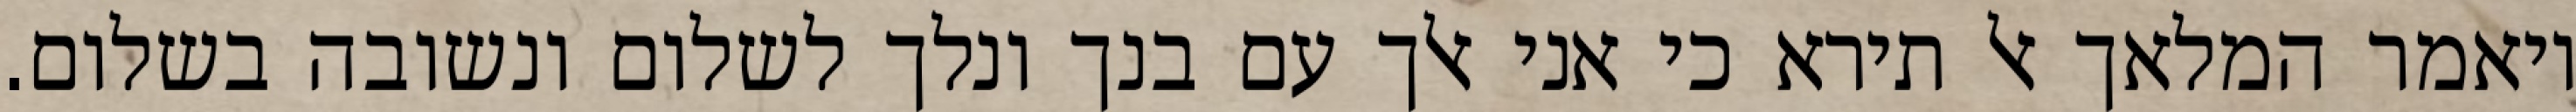
ויאמר המלאך אל תירא כי אני אלך עם בנך ונלך לשלום ונשובה בשלום.